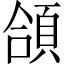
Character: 頜